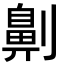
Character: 劓